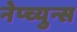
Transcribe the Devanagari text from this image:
नेप्च्युन्स